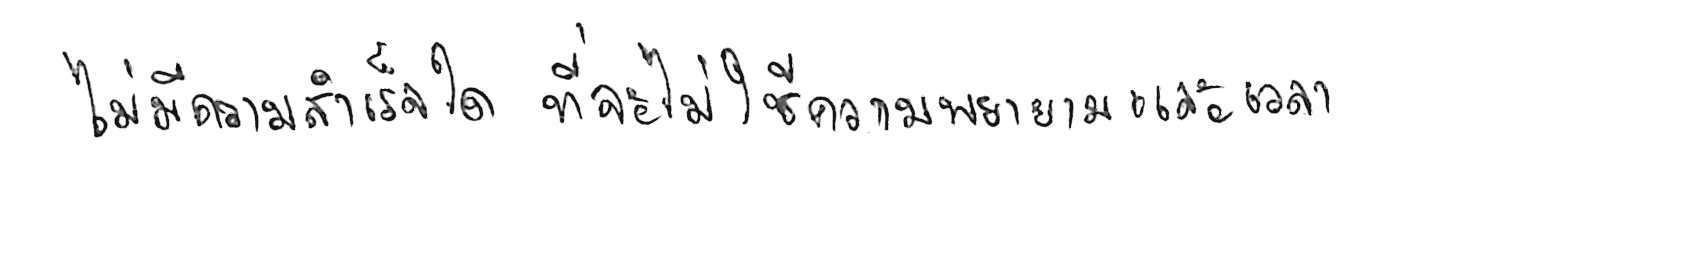
ไม่มีความสำเร็จใด ที่จะไม่ใช้ความพยายามและเวลา